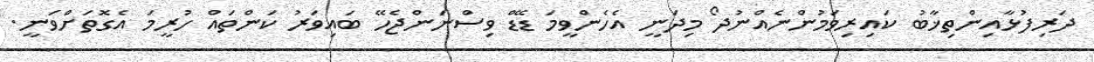
ދަރިފުޅާއިންތިޚާބު ކައިރިވަމުންނެއްނުދޯ މިދަނީ އެހެންވީމަ ޑޭޑް ވިސްނަންޖެހޭ ބައިވަރު ކަންތައް ހުރީމަ އެގޮތަށްވަނީ.